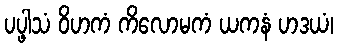
ပပ္ဖါသံ ဝိဟကံ ကိလောမကံ ယကနံ ဟဒယံ၊